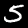
Digit: 5